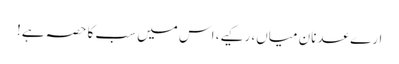
ارے عدنان میاں، رکیے، اس میں سب کا حصہ ہے!